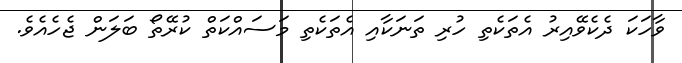
ވާހަކަ ދެކެވޭއިރު އެތަކެތި ހުރި ތަނަކާއި އެތަކެތި މަސައްކަތް ކުރޭތޯ ބަލަން ޖެހެއެވެ.